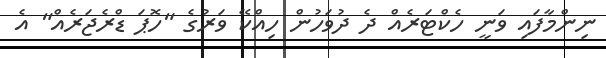
ނިންމާފައި ވަނީ ހެކްޓަރެއް ދެ ދުވަހުން ހިއްކޭ ވަރުގެ "ހޮޕަ ޑްރެޖަރެއް" އެ